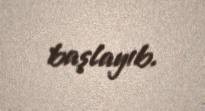
başlayıb.